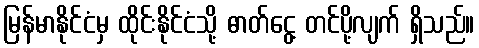
မြန်မာနိုင်ငံမှ ထိုင်းနိုင်ငံသို့ ဓာတ်ငွေ့ တင်ပို့လျက် ရှိသည်။